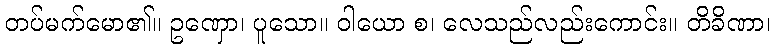
တပ်မက်မော၏။ ဥဏှော၊ ပူသော။ ဝါယော စ၊ လေသည်လည်းကောင်း။ တိခိဏာ၊